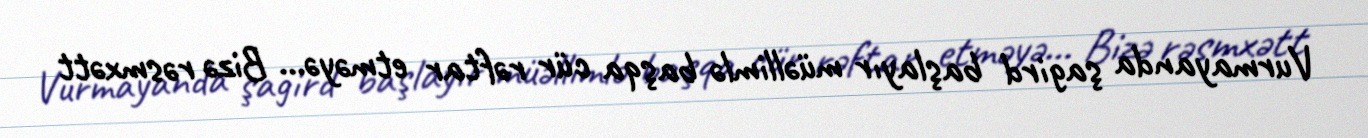
Vurmayanda şagird başlayır müəllimlə başqa cür rəftar etməyə... Bizə rəsmxətt